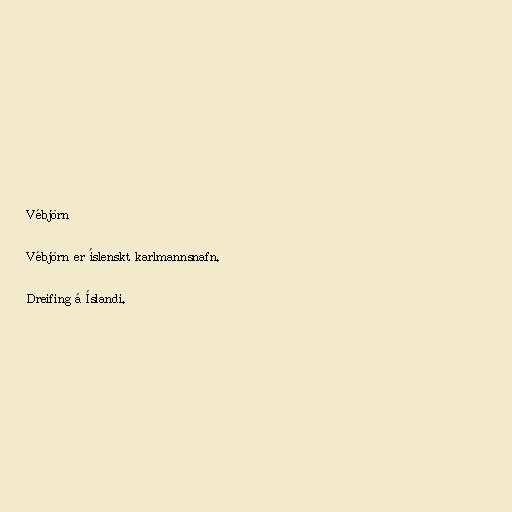
Vébjörn

Vébjörn er íslenskt karlmannsnafn.

Dreifing á Íslandi.